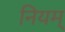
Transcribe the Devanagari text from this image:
नियम्